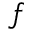
f